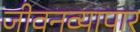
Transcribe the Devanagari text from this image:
जीवनव्यापार